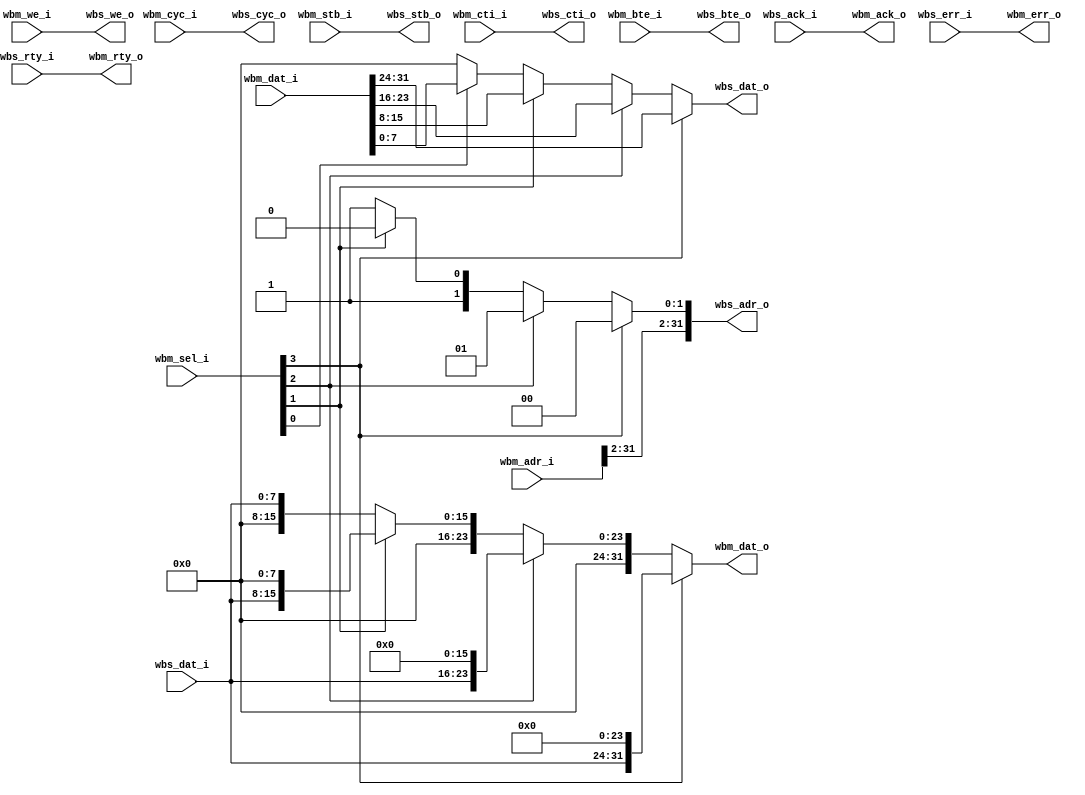
module wb_data_resize_1
  #(parameter aw  = 32, 
    parameter mdw = 32, 
    parameter sdw = 8) 
   (
    input  [aw-1:0]  wbm_adr_i,
    input  [mdw-1:0] wbm_dat_i,
    input  [3:0]     wbm_sel_i,
    input 	     wbm_we_i,
    input 	     wbm_cyc_i,
    input 	     wbm_stb_i,
    input  [2:0]     wbm_cti_i,
    input  [1:0]     wbm_bte_i,
    output [mdw-1:0] wbm_dat_o,
    output 	     wbm_ack_o,
    output 	     wbm_err_o,
    output 	     wbm_rty_o, 
    output [aw-1:0]  wbs_adr_o,
    output [sdw-1:0] wbs_dat_o,
    output 	     wbs_we_o,
    output 	     wbs_cyc_o,
    output 	     wbs_stb_o,
    output [2:0]     wbs_cti_o,
    output [1:0]     wbs_bte_o,
    input  [sdw-1:0] wbs_dat_i,
    input 	     wbs_ack_i,
    input 	     wbs_err_i,
    input 	     wbs_rty_i);
   assign wbs_adr_o[aw-1:2] = wbm_adr_i[aw-1:2];
   assign wbs_adr_o[1:0] = wbm_sel_i[3] ? 2'd0 :
			   wbm_sel_i[2] ? 2'd1 :
			   wbm_sel_i[1] ? 2'd2 : 2'd3;
   assign wbs_dat_o = wbm_sel_i[3] ? wbm_dat_i[31:24] :
		      wbm_sel_i[2] ? wbm_dat_i[23:16] :
		      wbm_sel_i[1] ? wbm_dat_i[15:8]  :
		      wbm_sel_i[0] ? wbm_dat_i[7:0]   : 8'b0;
   assign wbs_we_o  = wbm_we_i;
   assign wbs_cyc_o = wbm_cyc_i;
   assign wbs_stb_o = wbm_stb_i;
   assign wbs_cti_o = wbm_cti_i;
   assign wbs_bte_o = wbm_bte_i;
   assign wbm_dat_o = (wbm_sel_i[3]) ? {wbs_dat_i, 24'd0} :
		      (wbm_sel_i[2]) ? {8'd0 , wbs_dat_i, 16'd0} :
		      (wbm_sel_i[1]) ? {16'd0, wbs_dat_i, 8'd0} :
	              {24'd0, wbs_dat_i};
   assign wbm_ack_o = wbs_ack_i;
   assign wbm_err_o = wbs_err_i;
   assign wbm_rty_o = wbs_rty_i;
endmodule